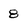
Character: 8